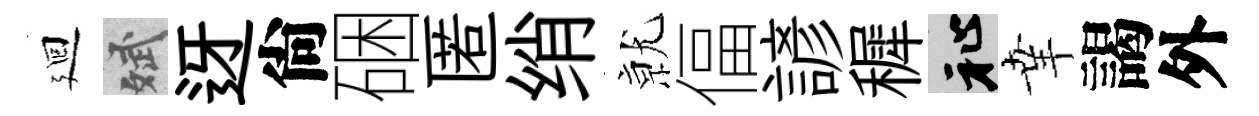
廻斌迓尙硱匿绡𭕒偪諺穉祉𦍒謁外